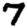
Digit: 7